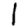
Digit: 1